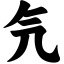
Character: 氕